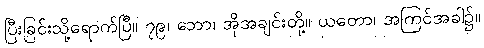
ပြီးခြင်းသို့ရောက်ပြီ။ ၇၉၊ ဘော၊ အိုအချင်းတို့။ ယတော၊ အကြင်အခါ၌။